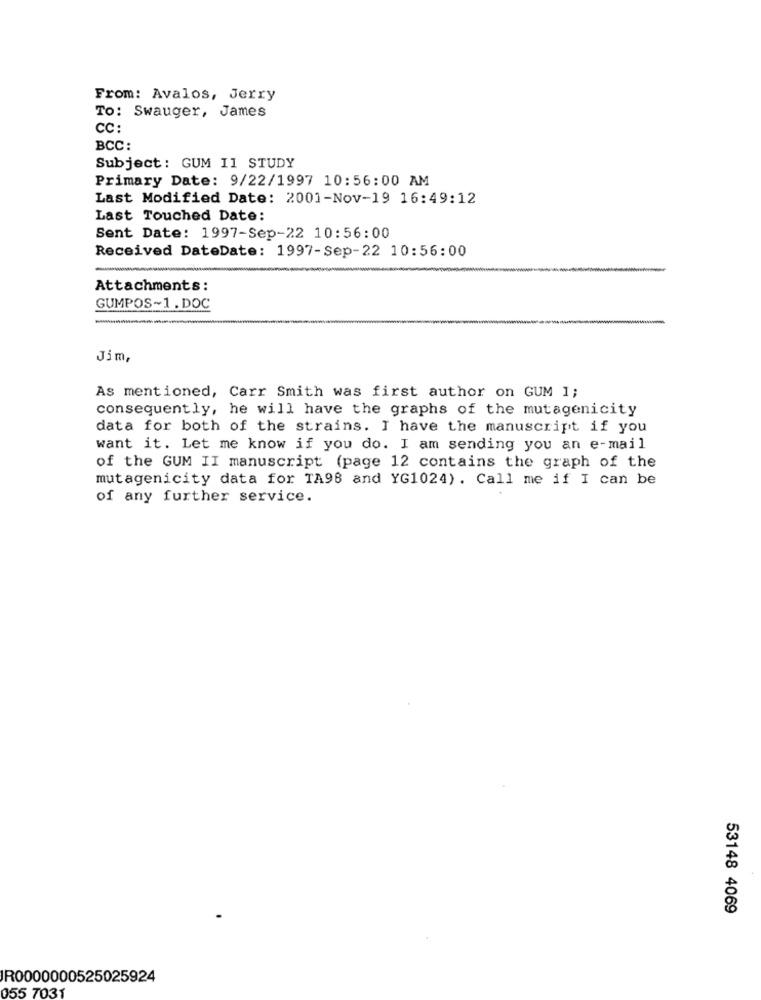
From: Avalos, Jerry
To: Swauger, James
CC:
BCC:
Subject: GUM 11 STUDY
Primary Date: 9/22/1997 10:56:00 AM
Last Modified Date: 2001-Nov-19 16:49:12
Last Touched Date:
Sent Date: 1997-Sep-22 10:56:00
Received DateDate: 1997-Sep-22 10:56:00
Attachments:
GUMPOS~1.DOC
Jim,
As mentioned, Carr Smith was first author on GUM 1;
consequently, he will have the graphs of the mutagenicity
data for both of the strains. I have the manuscript if you
want it. Let me know if you do. I am sending you an e-mail
of the GUM II manuscript (page 12 contains the graph of the
mutagenicity data for TA98 and YG1024) . Call me if I can be
of any further service.
53148 4069
R0000000525025924
055 7031